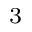
_ 3